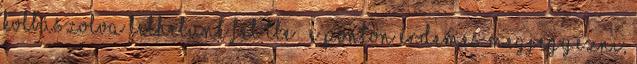
kolbászolva lelhetünk fel TLE . E ponton érdemes megjegyezni,